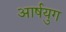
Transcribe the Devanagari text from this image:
आर्षयुग